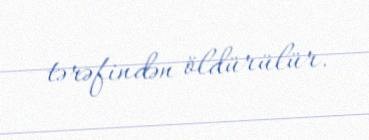
tərəfindən öldürülür.